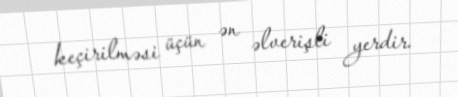
keçirilməsi üçün ən əlverişli yerdir.